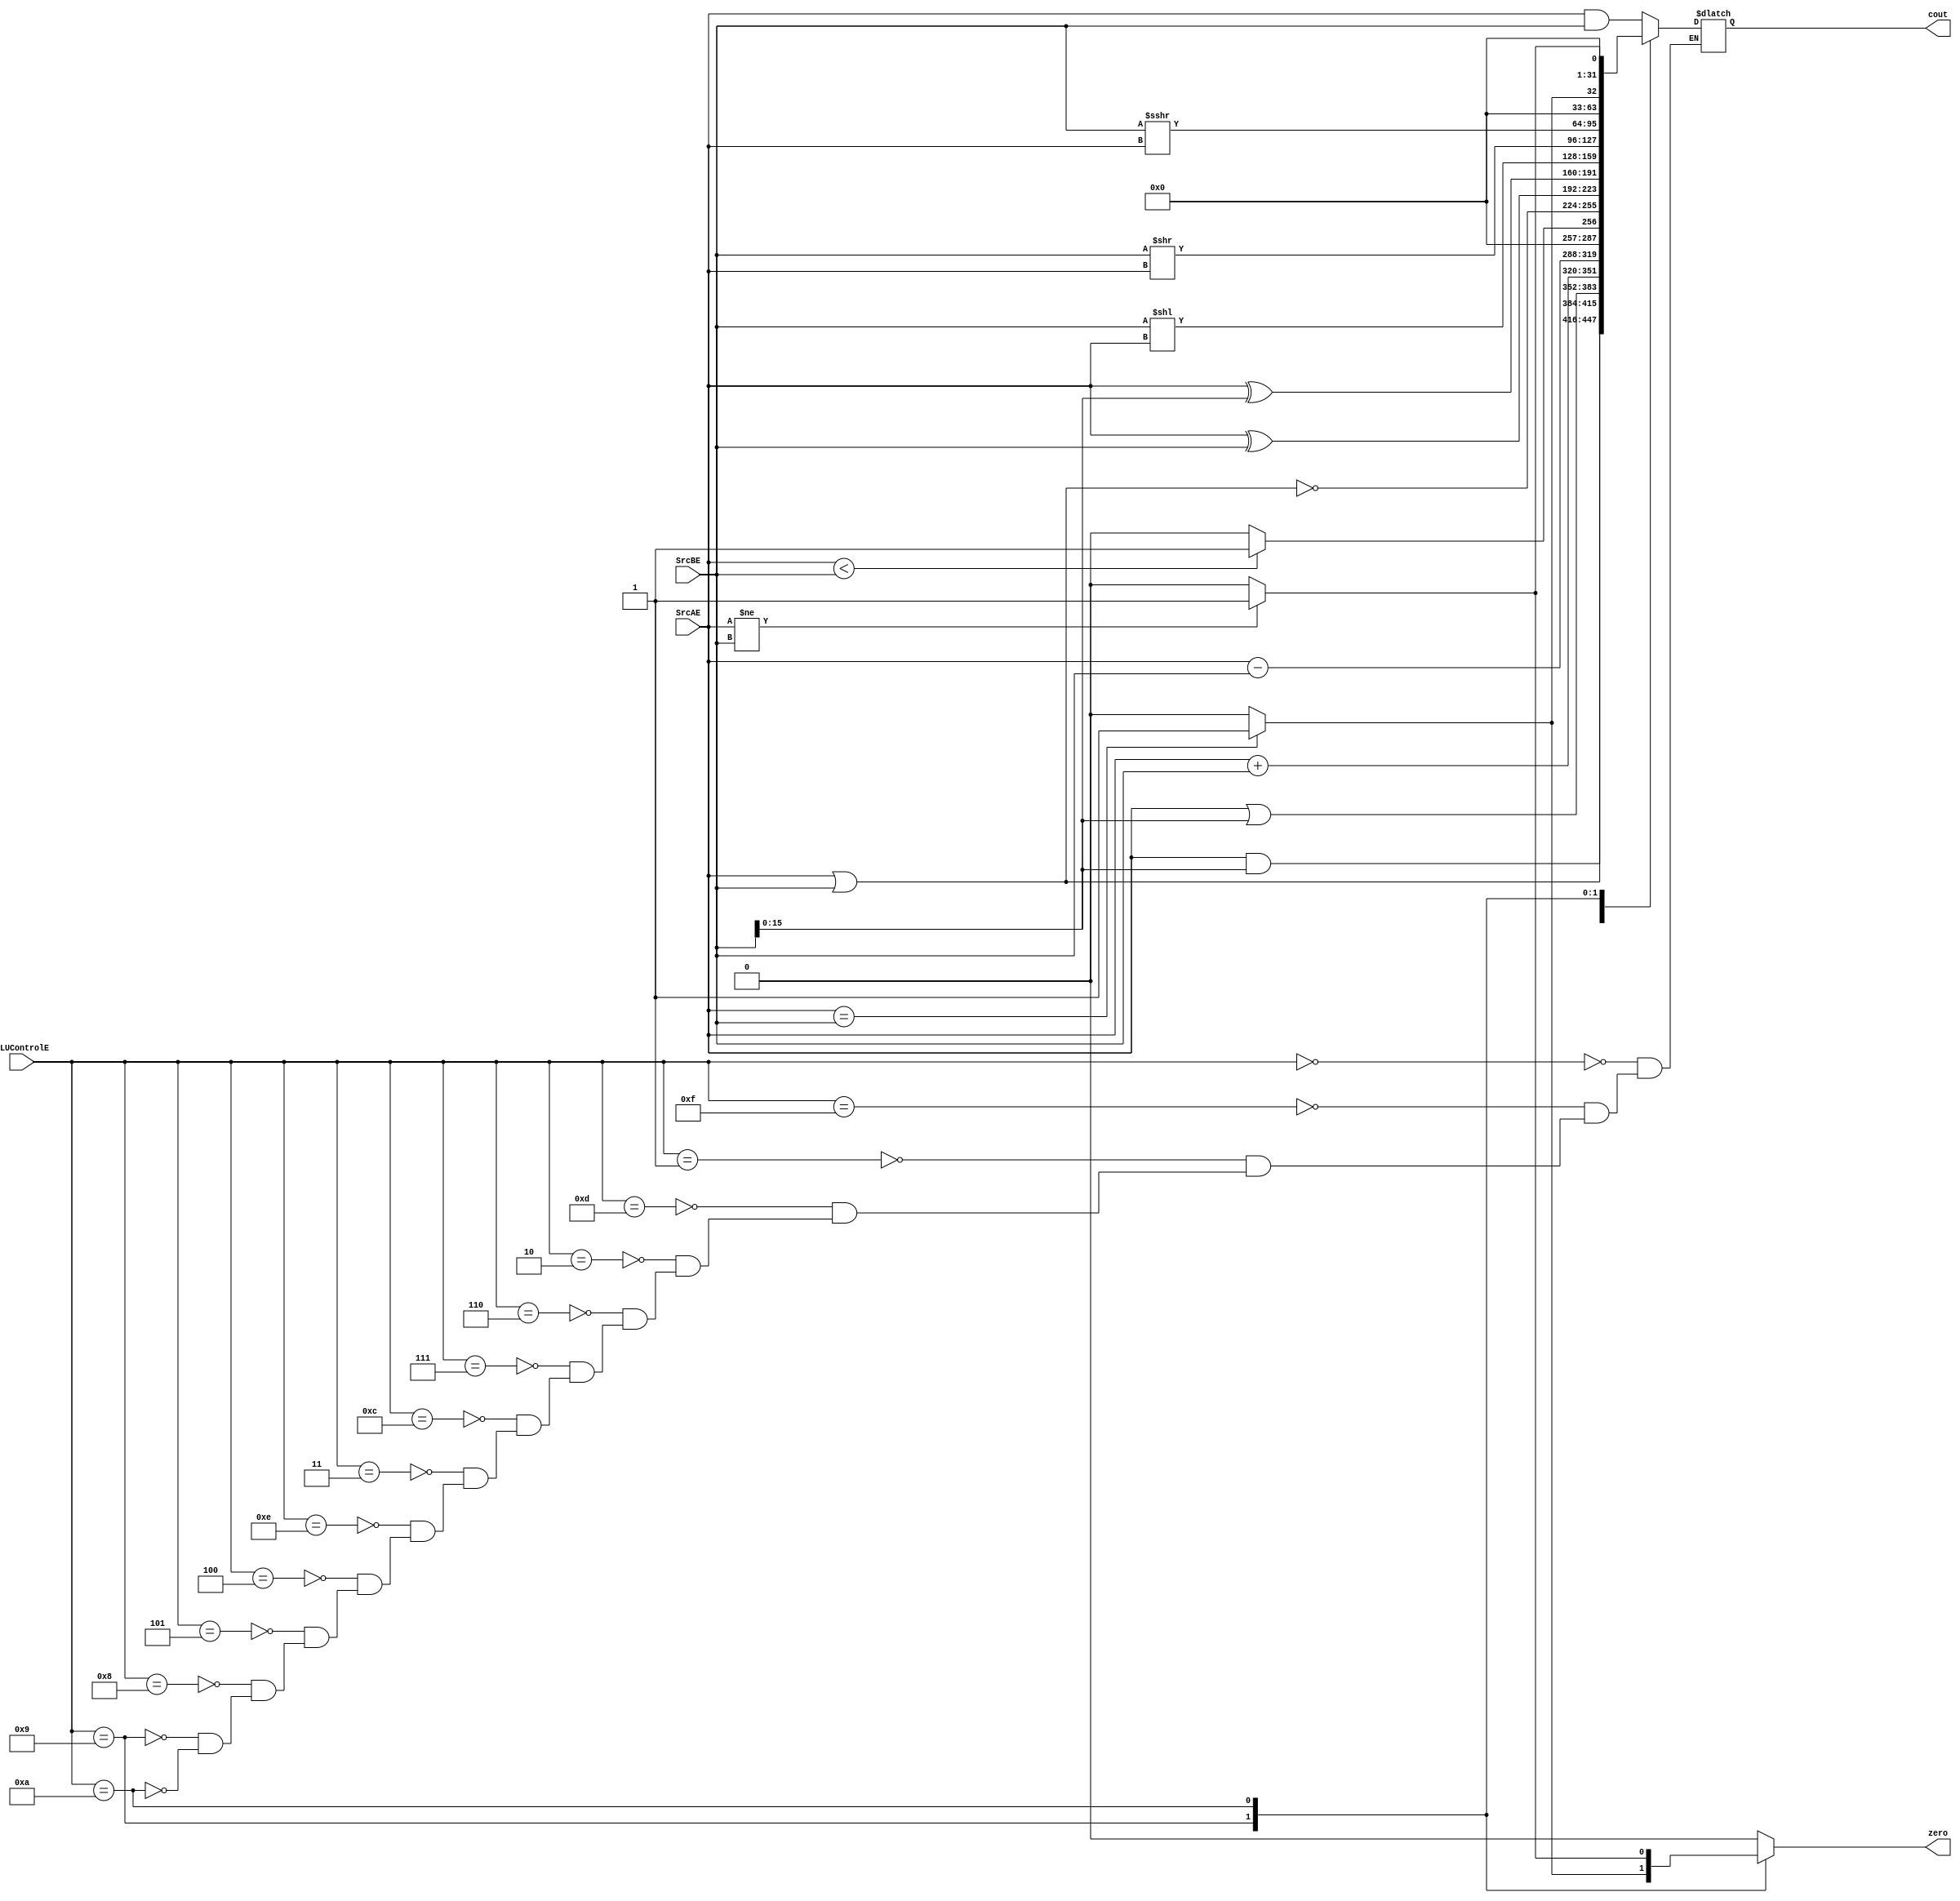
`timescale 100fs/100fs

module ALU(SrcAE,SrcBE,cout,ALUControlE,zero);

input signed [31:0] SrcAE,SrcBE;
input [3:0] ALUControlE;
output [31:0] cout;
output reg zero;

reg [31:0] alusrc1,alusrc2,temp;

always @(SrcAE,SrcBE,ALUControlE)
begin
    zero = 0;
    alusrc1 = SrcAE;
    alusrc2 = SrcBE;
    case(ALUControlE)
        4'b0000: temp=alusrc1&alusrc2;//and
        4'b1111: temp=alusrc1&{{16'b0},alusrc2[15:0]};//andi
        4'b0001: temp=alusrc1|alusrc2;// or 
        4'b1101: temp=alusrc1|{{16'b0},alusrc2[15:0]};//ori
        4'b0010: temp=alusrc1+alusrc2;// add
        4'b0110: temp=alusrc1-alusrc2;// sub 
        4'b0111: // slt
        begin
            if (alusrc1<alusrc2) temp = 32'b1;
            else temp = 32'b0;
        end
        4'b1100: temp=~(alusrc1|alusrc2);// nor
        4'b0011: temp=(alusrc1^alusrc2);// xor 
        4'b1110: temp=alusrc1^{{16'b0},alusrc2[15:0]};//xori
        4'b0100: temp=$unsigned(alusrc2)<<alusrc1;// sll 
        4'b0101: temp=$unsigned(alusrc2)>>alusrc1;// srl 
        4'b1000: temp=($signed(alusrc2))>>>alusrc1;// sra 
        4'b1001: // beq
        begin
            if (alusrc1 == alusrc2)
            begin
                temp = 32'b1;
                zero = 1;
            end
            else
            begin
                temp = 32'b0;
                zero = 0;
            end
        end
        4'b1010: // bne
        begin
            if (alusrc1 != alusrc2)
            begin
                temp = 32'b1;
                zero = 1;
            end
            else
            begin
                temp = 32'b0;
                zero = 0;
            end
        end

    endcase
end
assign cout = temp;

endmodule